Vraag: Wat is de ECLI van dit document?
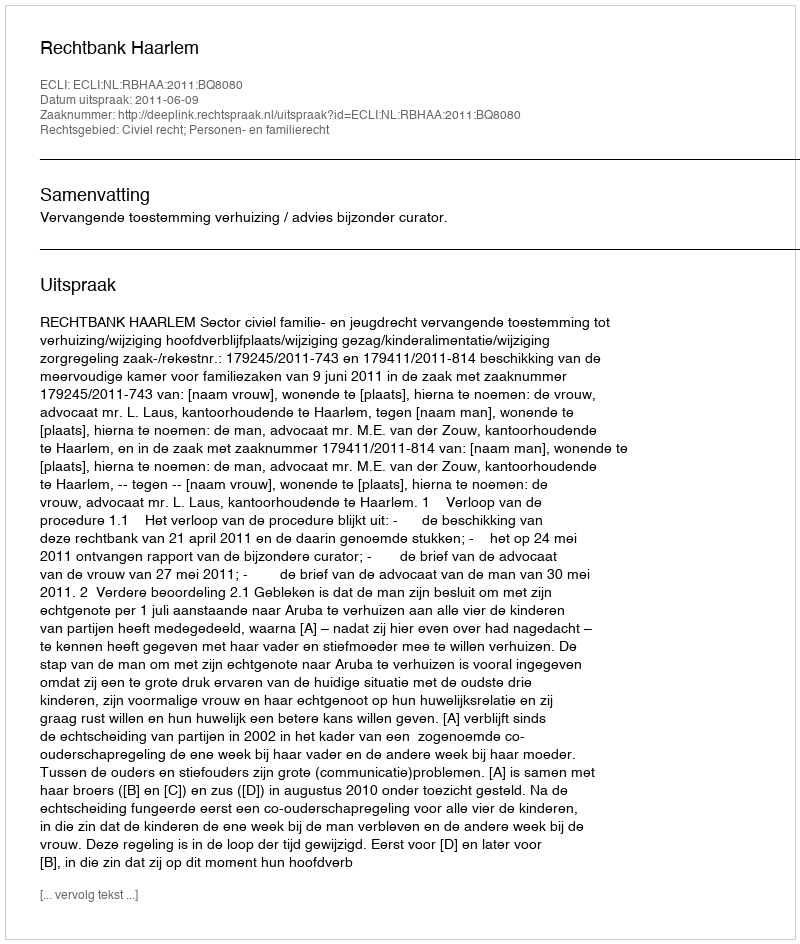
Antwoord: ECLI:NL:RBHAA:2011:BQ8080